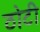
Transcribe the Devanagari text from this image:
ठोटी